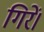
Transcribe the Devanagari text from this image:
गिरें।